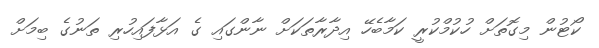
ކޯޓުން މިގޮތަށް ހުކުމްކުރީ ކަމާބެހޭ އިދާރާތަކަށް ނާންގައި ގެ އަޅާފައިހުރި ތަނުގެ ބިމަށް